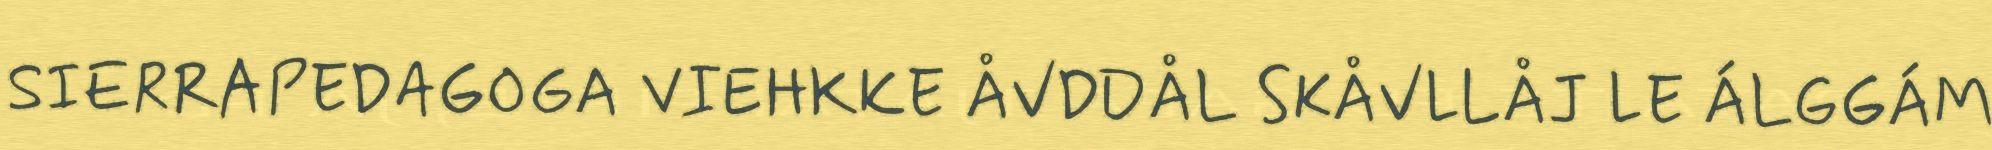
SIERRAPEDAGOGA VIEHKKE ÅVDDÅL SKÅVLLÅJ LE ÁLGGÁM